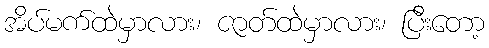
အိပ်မက်ထဲမှာလား၊ ဇာတ်ထဲမှာလား၊ ပြီးတော့